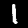
Digit: 1